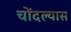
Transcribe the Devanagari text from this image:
चोंदल्यास